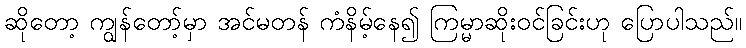
ဆိုတော့ ကျွန်တော့်မှာ အင်မတန် ကံနိမ့်နေ၍ ကြမ္မာဆိုးဝင်ခြင်းဟု ပြောပါသည်။